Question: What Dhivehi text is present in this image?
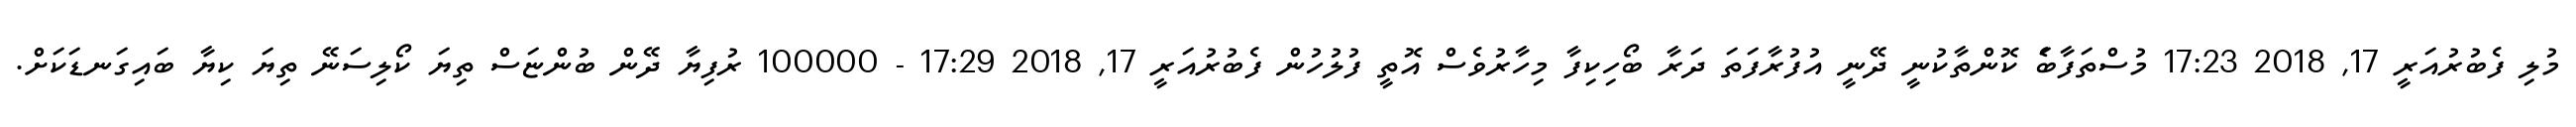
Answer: މުލި ފެބުރުއަރީ 17, 2018 17:23 މުސްތަފާބަެ ކޮންތާކުނީ ދޭނީ އުފުރާފަތަ ދަރާ ބޯހިކިފާ މިހާރުވެސް އޮތީ ފުލުހުން ފެބުރުއަރީ 17, 2018 17:29 - 100000 ރުފިޔާ ދޭން ބުންޏަސް ތިޔަ ކޯލިސަނޭ ތިޔަ ކިޔާ ބައިގަނޑަކަށް.